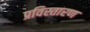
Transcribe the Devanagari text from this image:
प्रविस्तारण